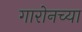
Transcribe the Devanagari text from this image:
गारोनच्या